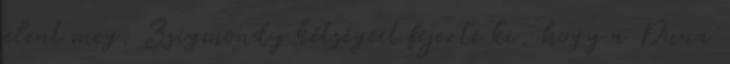
jelent meg. Zsigmondy kétségeit fejezte ki, hogy a Duna